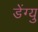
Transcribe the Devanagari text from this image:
डेंग्यु